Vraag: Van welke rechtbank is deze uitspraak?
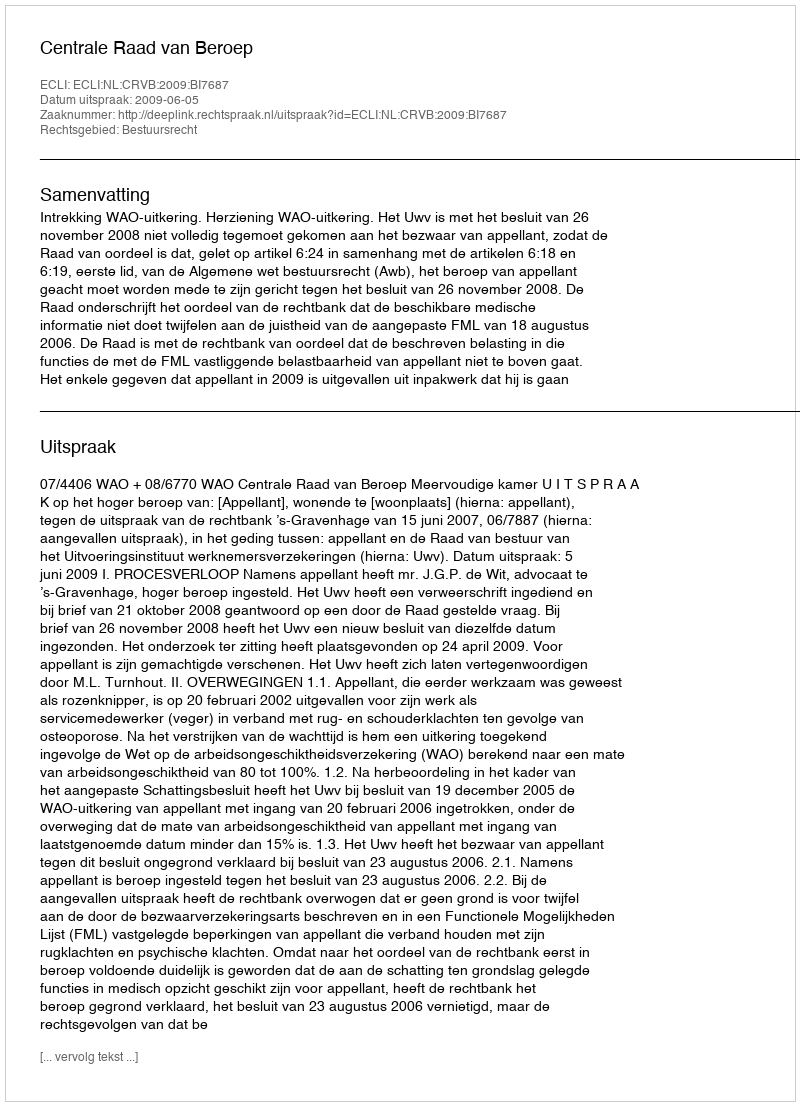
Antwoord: Centrale Raad van Beroep